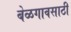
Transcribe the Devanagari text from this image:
बेळगावसाठी